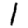
Digit: 1